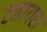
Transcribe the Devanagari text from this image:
टमायरा